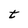
Character: t